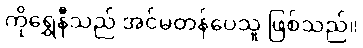
ကိုရွှေနီသည် အင်မတန်ပေသူ ဖြစ်သည်။